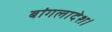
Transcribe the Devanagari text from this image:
बांगलादेश।